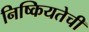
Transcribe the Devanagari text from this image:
निष्कियतेची